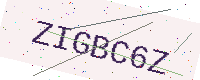
Text: ZIGBC6Z